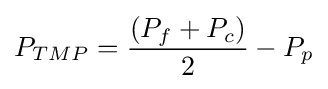
P_{TMP}={(P_{f}+P_{c}) \over 2}-P_{p}